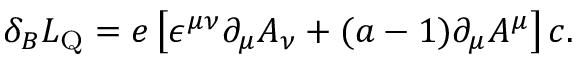
\delta _ { B } { \cal L } _ { \mathrm { Q } } = e \left[ \epsilon ^ { \mu \nu } \partial _ { \mu } A _ { \nu } + ( a - 1 ) \partial _ { \mu } A ^ { \mu } \right] c .